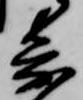
寄